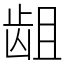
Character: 龃